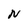
Character: N